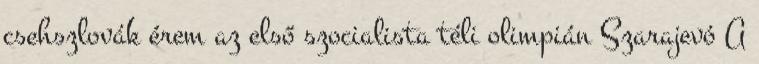
csehszlovák érem az első szocialista téli olimpián Szarajevó A